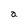
Character: a